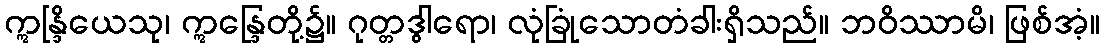
ဣန္ဒြိယေသု၊ ဣန္ဒြေတို့၌။ ဂုတ္တဒွါရော၊ လုံခြုံသောတံခါးရှိသည်။ ဘဝိဿာမိ၊ ဖြစ်အံ့။